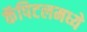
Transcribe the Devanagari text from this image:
कॅपिटलमध्ये